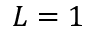
L = 1